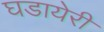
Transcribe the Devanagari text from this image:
घडायेरी